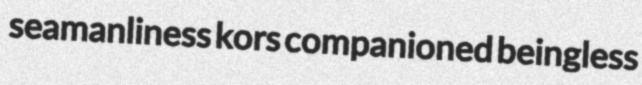
seamanliness kors companioned beingless